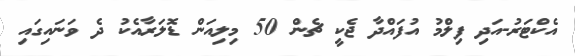
އެކްޓަރު-އަދި ފިލްމު އުފައްދާ ޖެކީ ޗެން 50 މިލިއަން ޑޮލަރާއެކު ދެ ވަނައިގައި